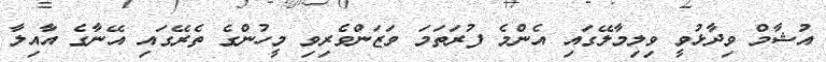
އުޝާމް ވިދާޅުވީ ވިލިމާލޭގައި އެންމެ ފުރަތަމަ ވަޒަންވެރިވި މީހުންގެ ތެރޭގައި އޭނާގެ އާއިލާ